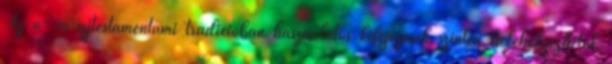
Az ó- és újtestámentumi tradícióban használatos kifejezések szintén belehelyezhetők